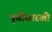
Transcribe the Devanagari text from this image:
पूर्वीसारखी